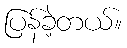
ပြန်ခဲ့တယ်။